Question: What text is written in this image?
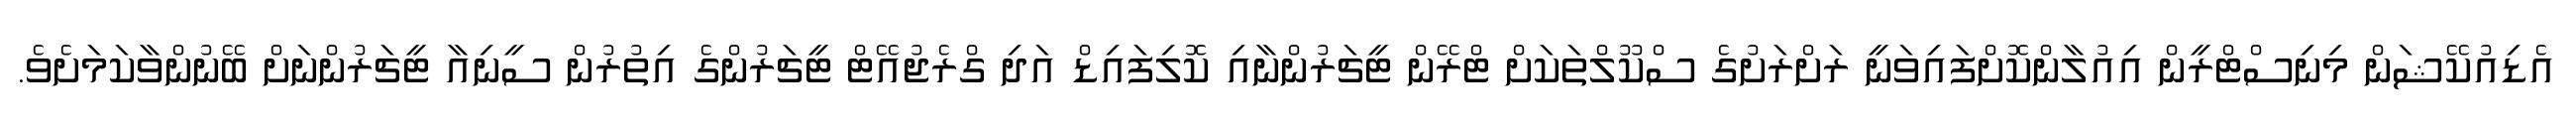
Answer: އެޑިއުކޭޝަން މިނިސްޓްރީން އިއުލާންކޮށްފައިވަނީ ރަށްރަށުގެ ސްކޫލްތަކަށް ޓްރޭން ޓީޗަރުންނާއި ކޮލިފައިޑް އަދި ގްރެޖުއޭޓް ޓީޗަރުންގެ އިތުރުން ސީނިއާ ޓީޗަރުންނަށް ބޭނުންވާކަމަށެވެ.